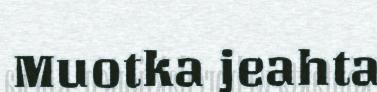
Muotka jeahta